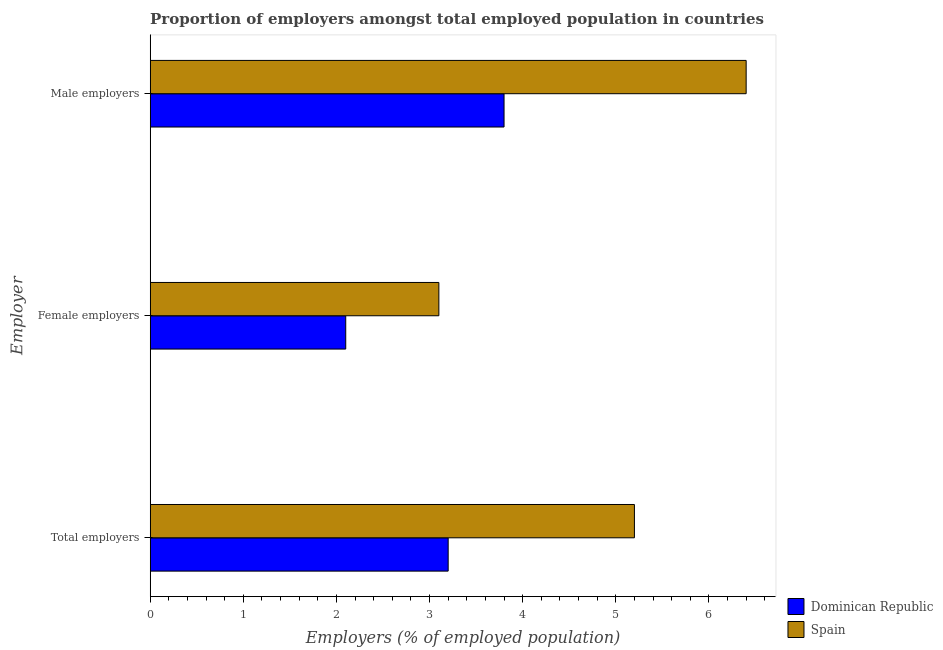
| Employer | Dominican Republic | Spain |
 | --- | --- | --- |
 | Total employers | 3.2 | 5.2 |
 | Female employers | 2.1 | 3.1 |
 | Male employers | 3.8 | 6.4 |